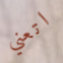
اتعني